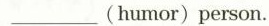
___ (humor)person.